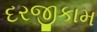
દરજીકામ